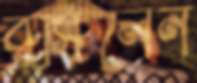
রসিলেন